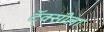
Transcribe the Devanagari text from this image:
टॅक्सीला